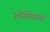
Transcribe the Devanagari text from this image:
रेषेशिवाय